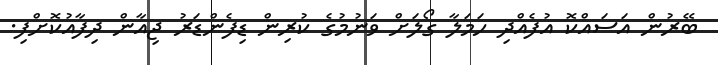
ބޭރުން އަސައްކޮ އުފެއްދި ހަމަލާ ގޯލަށް ވަނުމުގެ ކުރިން ޑިފެންޑަރު ޖިއާން ދިފާއުކޮށްފި.